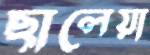
ছালেয়া